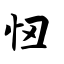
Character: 忸